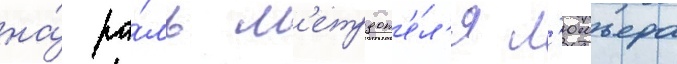
на́ ро́ль м'етрдот'е́л'я л'юмьера